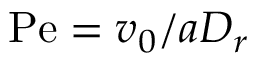
\mathrm { P e } = v _ { 0 } / a D _ { r }